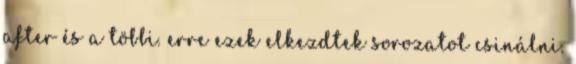
after és a többi. erre ezek elkezdtek sorozatot csinálni.